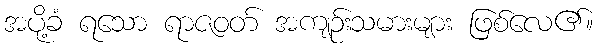
အပို့ခံ ရသော ရာဇဝတ် အကျဉ်းသမားများ ဖြစ်လေ၏။